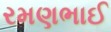
રમણભાઈ